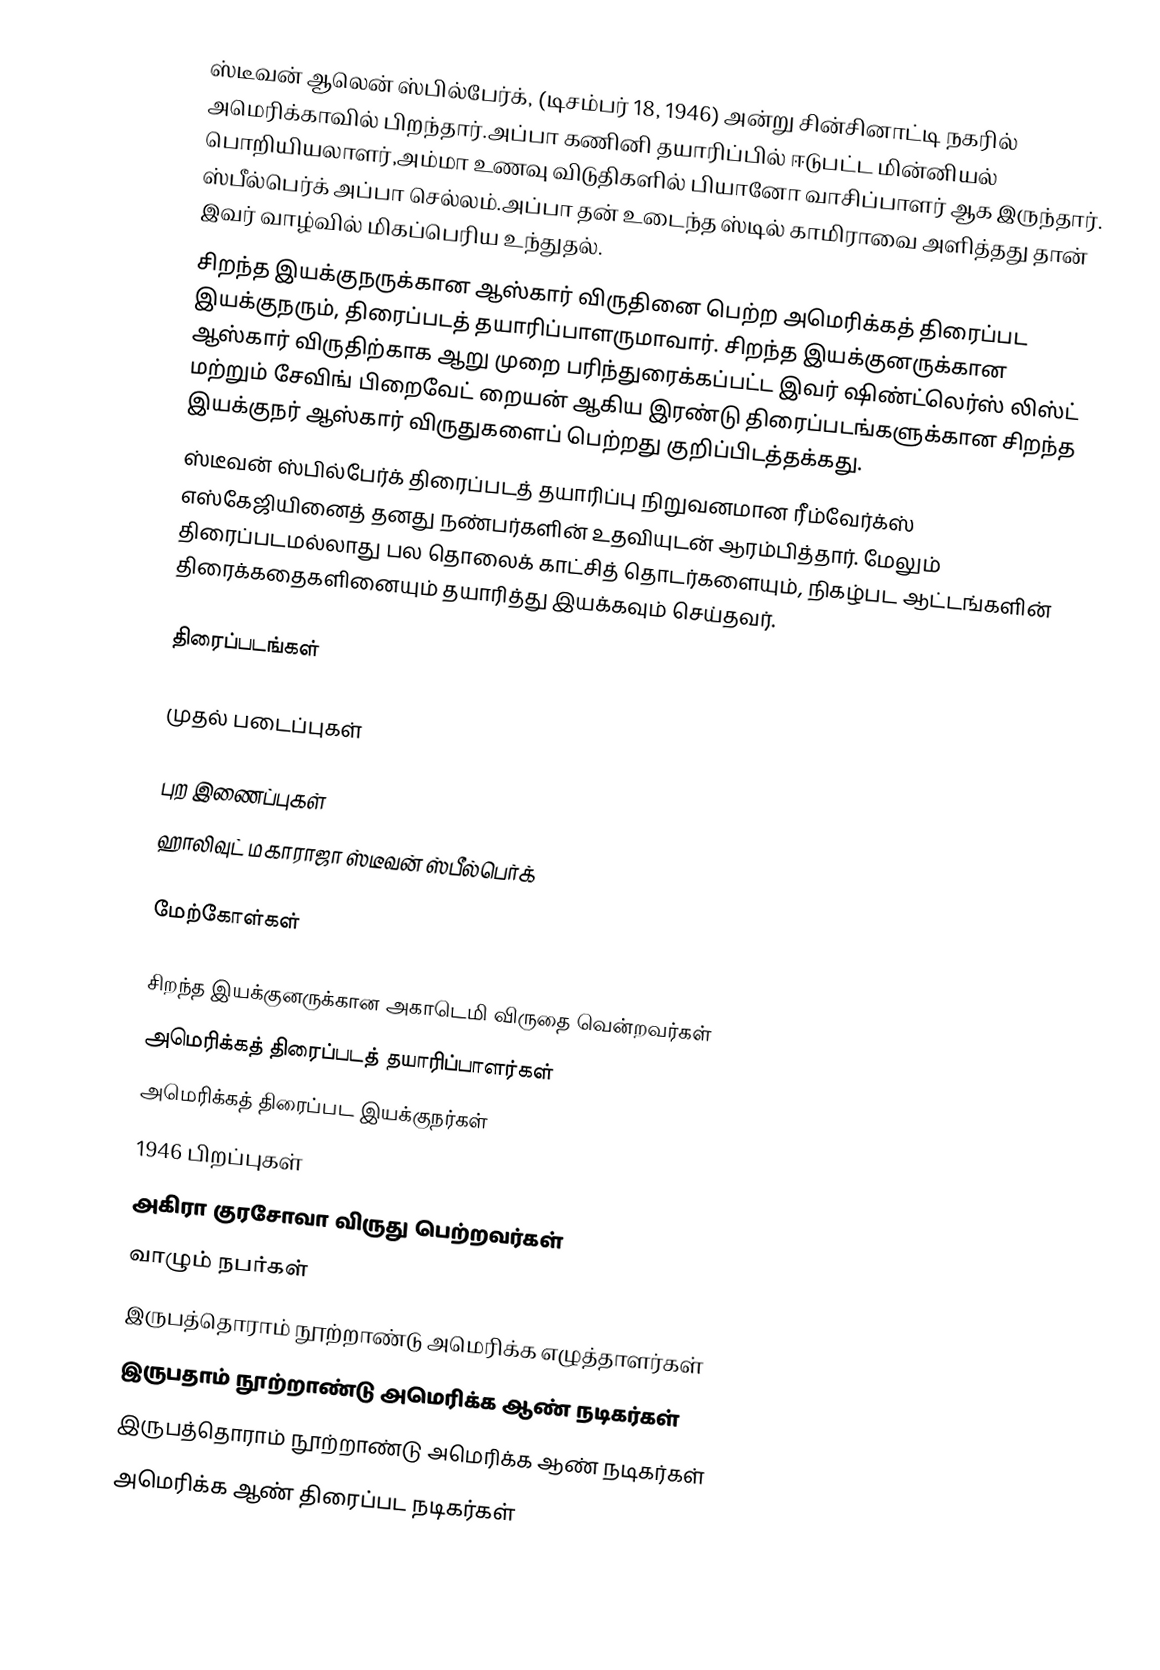
ஸ்டீவன் ஆலென் ஸ்பில்பேர்க், (டிசம்பர் 18, 1946) அன்று சின்சினாட்டி நகரில் அமெரிக்காவில் பிறந்தார்.அப்பா கணினி தயாரிப்பில் ஈடுபட்ட மின்னியல் பொறியியலாளர்,அம்மா உணவு விடுதிகளில் பியானோ வாசிப்பாளர் ஆக இருந்தார். ஸ்பீல்பெர்க் அப்பா செல்லம்.அப்பா தன் உடைந்த ஸ்டில் காமிராவை அளித்தது தான் இவர் வாழ்வில் மிகப்பெரிய உந்துதல்.
சிறந்த இயக்குநருக்கான ஆஸ்கார் விருதினை பெற்ற அமெரிக்கத் திரைப்பட இயக்குநரும், திரைப்படத் தயாரிப்பாளருமாவார். சிறந்த இயக்குனருக்கான ஆஸ்கார் விருதிற்காக ஆறு முறை பரிந்துரைக்கப்பட்ட இவர் ஷிண்ட்லெர்ஸ் லிஸ்ட் மற்றும் சேவிங் பிறைவேட் றையன் ஆகிய இரண்டு திரைப்படங்களுக்கான சிறந்த இயக்குநர் ஆஸ்கார் விருதுகளைப் பெற்றது குறிப்பிடத்தக்கது.
ஸ்டீவன் ஸ்பில்பேர்க் திரைப்படத் தயாரிப்பு நிறுவனமான ரீம்வேர்க்ஸ் எஸ்கேஜியினைத் தனது நண்பர்களின் உதவியுடன் ஆரம்பித்தார். மேலும் திரைப்படமல்லாது பல தொலைக் காட்சித் தொடர்களையும், நிகழ்பட ஆட்டங்களின் திரைக்கதைகளினையும் தயாரித்து இயக்கவும் செய்தவர்.

திரைப்படங்கள்

முதல் படைப்புகள்

புற இணைப்புகள்
 ஹாலிவுட் மகாராஜா ஸ்டீவன் ஸ்பீல்பெர்க்

மேற்கோள்கள்

சிறந்த இயக்குனருக்கான அகாடெமி விருதை வென்றவர்கள்
அமெரிக்கத் திரைப்படத் தயாரிப்பாளர்கள்
அமெரிக்கத் திரைப்பட இயக்குநர்கள்
1946 பிறப்புகள்
அகிரா குரசோவா விருது பெற்றவர்கள்
வாழும் நபர்கள்
இருபத்தொராம் நூற்றாண்டு அமெரிக்க எழுத்தாளர்கள்
இருபதாம் நூற்றாண்டு அமெரிக்க ஆண் நடிகர்கள்
இருபத்தொராம் நூற்றாண்டு அமெரிக்க ஆண் நடிகர்கள்
அமெரிக்க ஆண் திரைப்பட நடிகர்கள்